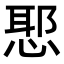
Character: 𭝤